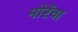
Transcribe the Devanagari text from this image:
मोरेंचा